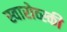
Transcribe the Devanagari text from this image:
स्वारोव्स्की